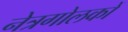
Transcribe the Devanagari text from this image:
नेत्रगोलकों